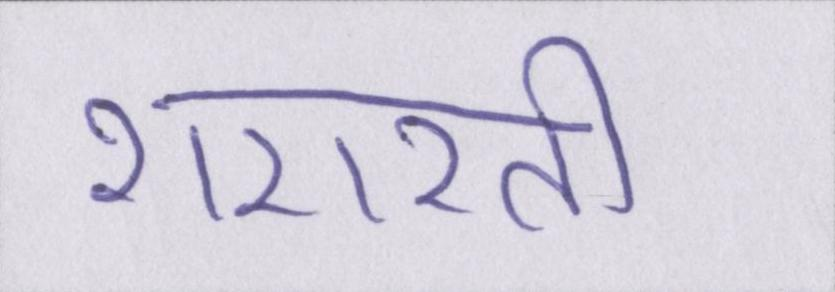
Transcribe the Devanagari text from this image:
शरारती